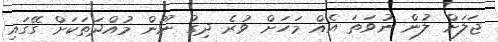
ޖަލަށް ލުން ނުވަތަ އެއް މަހަށް ވުރެ ދިގު ނޫން މުއްދަތަކަށް ގޭގައި